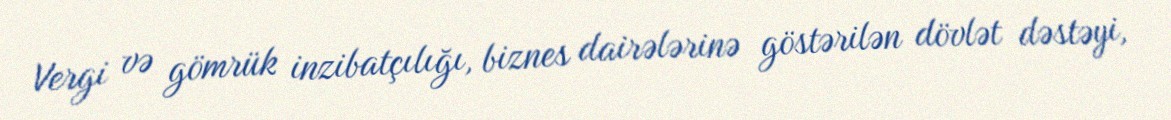
Vergi və gömrük inzibatçılığı, biznes dairələrinə göstərilən dövlət dəstəyi,